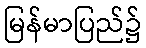
မြန်မာပြည်၌